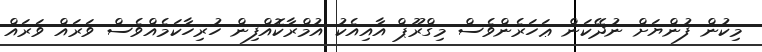
މިކުން ފުންޔަށް ނުދޭކަން ޢަހަރެންވެސް މިގްރޫޕް އާއިއެކު އުމްރާކޮއްފިން ހުރިހާކަމެއްވެސް ވަރައް ވަރައް